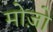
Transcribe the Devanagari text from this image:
मोज़ो